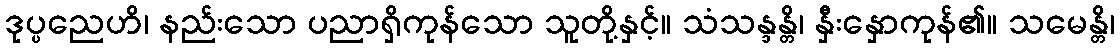
ဒုပ္ပညေဟိ၊ နည်းသော ပညာရှိကုန်သော သူတို့နှင့်။ သံသန္ဒန္တိ၊ နှီးနှောကုန်၏။ သမေန္တိ၊